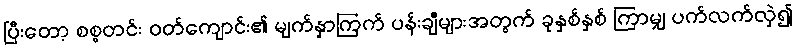
ပြီးတော့ စစ္စတင်း ဝတ်ကျောင်း၏ မျက်နှာကြက် ပန်းချီများအတွက် ခုနှစ်နှစ် ကြာမျှ ပက်လက်လှဲ၍